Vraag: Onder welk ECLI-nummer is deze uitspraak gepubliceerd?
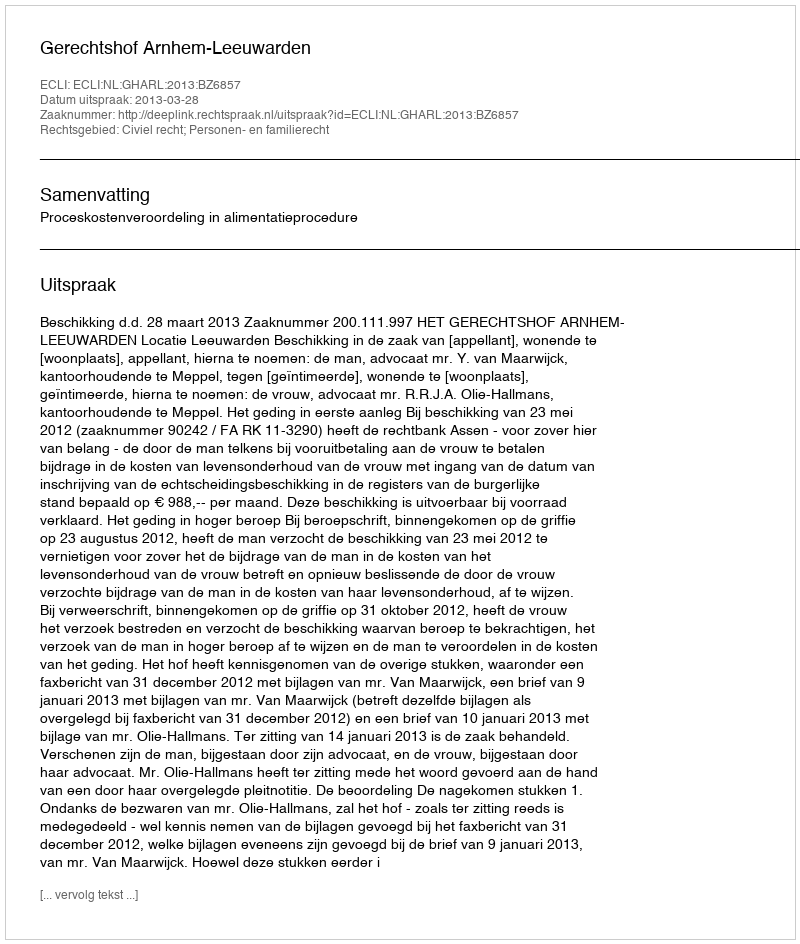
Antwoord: ECLI:NL:GHARL:2013:BZ6857